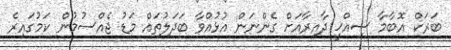
ބަރަކް އޮބާމާ ސިއްޚީ ދާއިރާއަށް ގެންނަން އުޅުއްވާ ބަދަލުތައް މަޑު ޖެއްސުމުން ކަމުގައިރެ